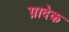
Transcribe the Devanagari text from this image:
ग्रादेक